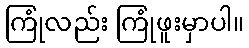
ကြုံလည်း ကြုံဖူးမှာပါ။